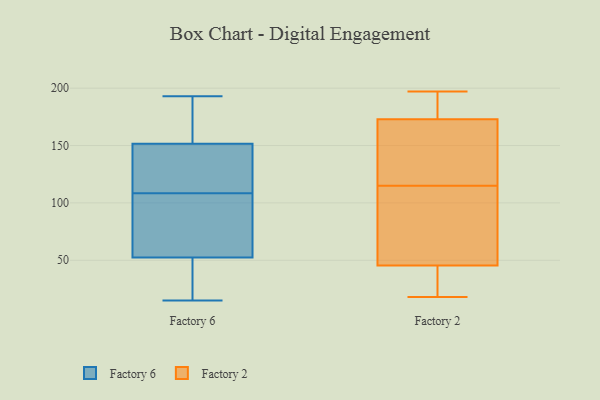
{"axis": {"x": "Shipments", "y": "Value"}, "legend": ["Factory 2", "Factory 6"], "data": [{"x": "", "y": 65, "type": "Factory 6"}, {"x": "", "y": 36, "type": "Factory 6"}, {"x": "", "y": 163, "type": "Factory 6"}, {"x": "", "y": 39, "type": "Factory 6"}, {"x": "", "y": 175, "type": "Factory 6"}, {"x": "", "y": 109, "type": "Factory 6"}, {"x": "", "y": 57, "type": "Factory 6"}, {"x": "", "y": 15, "type": "Factory 6"}, {"x": "", "y": 117, "type": "Factory 6"}, {"x": "", "y": 85, "type": "Factory 6"}, {"x": "", "y": 48, "type": "Factory 6"}, {"x": "", "y": 119, "type": "Factory 6"}, {"x": "", "y": 108, "type": "Factory 6"}, {"x": "", "y": 191, "type": "Factory 6"}, {"x": "", "y": 112, "type": "Factory 6"}, {"x": "", "y": 188, "type": "Factory 6"}, {"x": "", "y": 88, "type": "Factory 6"}, {"x": "", "y": 39, "type": "Factory 6"}, {"x": "", "y": 193, "type": "Factory 6"}, {"x": "", "y": 140, "type": "Factory 6"}, {"x": "", "y": 56, "type": "Factory 2"}, {"x": "", "y": 184, "type": "Factory 2"}, {"x": "", "y": 18, "type": "Factory 2"}, {"x": "", "y": 40, "type": "Factory 2"}, {"x": "", "y": 126, "type": "Factory 2"}, {"x": "", "y": 50, "type": "Factory 2"}, {"x": "", "y": 41, "type": "Factory 2"}, {"x": "", "y": 184, "type": "Factory 2"}, {"x": "", "y": 165, "type": "Factory 2"}, {"x": "", "y": 18, "type": "Factory 2"}, {"x": "", "y": 174, "type": "Factory 2"}, {"x": "", "y": 104, "type": "Factory 2"}, {"x": "", "y": 60, "type": "Factory 2"}, {"x": "", "y": 197, "type": "Factory 2"}, {"x": "", "y": 172, "type": "Factory 2"}, {"x": "", "y": 162, "type": "Factory 2"}]}